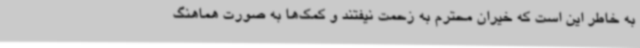
به خاطر این است که خیران محترم به زحمت نیفتند و کمک‌ها به صورت هماهنگ